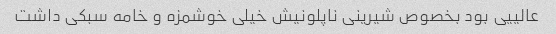
عالییی بود بخصوص شیرینی ناپلونیش خیلی خوشمزه و خامه سبکی داشت